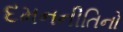
દમનનીતિનો